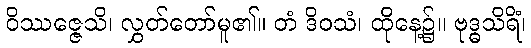
ဝိဿဇ္ဇေသိ၊ လွှတ်တော်မူ၏။ တံ ဒိဝသံ၊ ထိုနေ့၌။ ဗုဒ္ဓသိရိံ၊